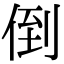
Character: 倒